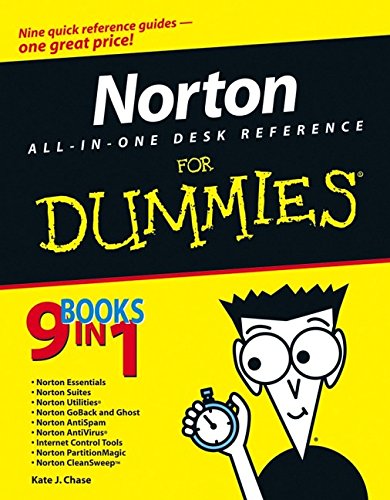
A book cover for Norton All-In-One Desk Reference For Dummies (For Dummies (Computers)); Kate J. Chase; Computers & Technology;